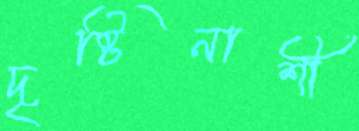
দৃষ্টিনাশী